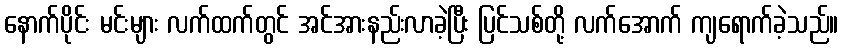
နောက်ပိုင်း မင်းများ လက်ထက်တွင် အင်အားနည်းလာခဲ့ပြီး ပြင်သစ်တို့ လက်အောက် ကျရောက်ခဲ့သည်။